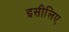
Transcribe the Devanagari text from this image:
इसीलिए